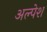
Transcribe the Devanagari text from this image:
अल्पेश